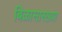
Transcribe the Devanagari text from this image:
बिळासारख्या